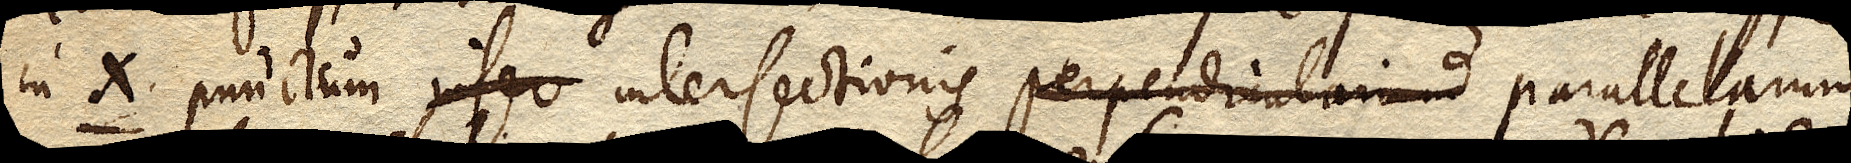
in X punctum inteo intersectionis perpendicularium parallelarum